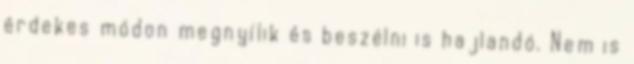
érdekes módon megnyílik és beszélni is hajlandó. Nem is